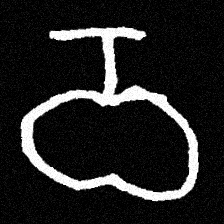
Pyu character \u2014 Myanmar letter: ဝ (romanized: wa)